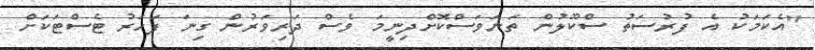
"އެކަމަކު އެ ފުރުސަތު ސްކޫލުން ތަނަވަސްކޮށްދިނީމަ ވެސް ދަރިވަރުން ގިނަ ފަހަރު ޓެސްޓަކަށް